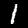
Digit: 1